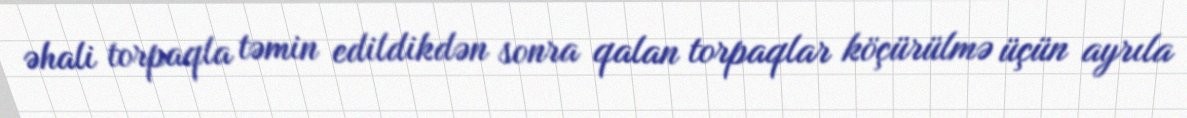
əhali torpaqla təmin edildikdən sonra qalan torpaqlar köçürülmə üçün ayrıla